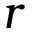
r